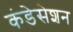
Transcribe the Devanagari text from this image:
कंडेसेशन